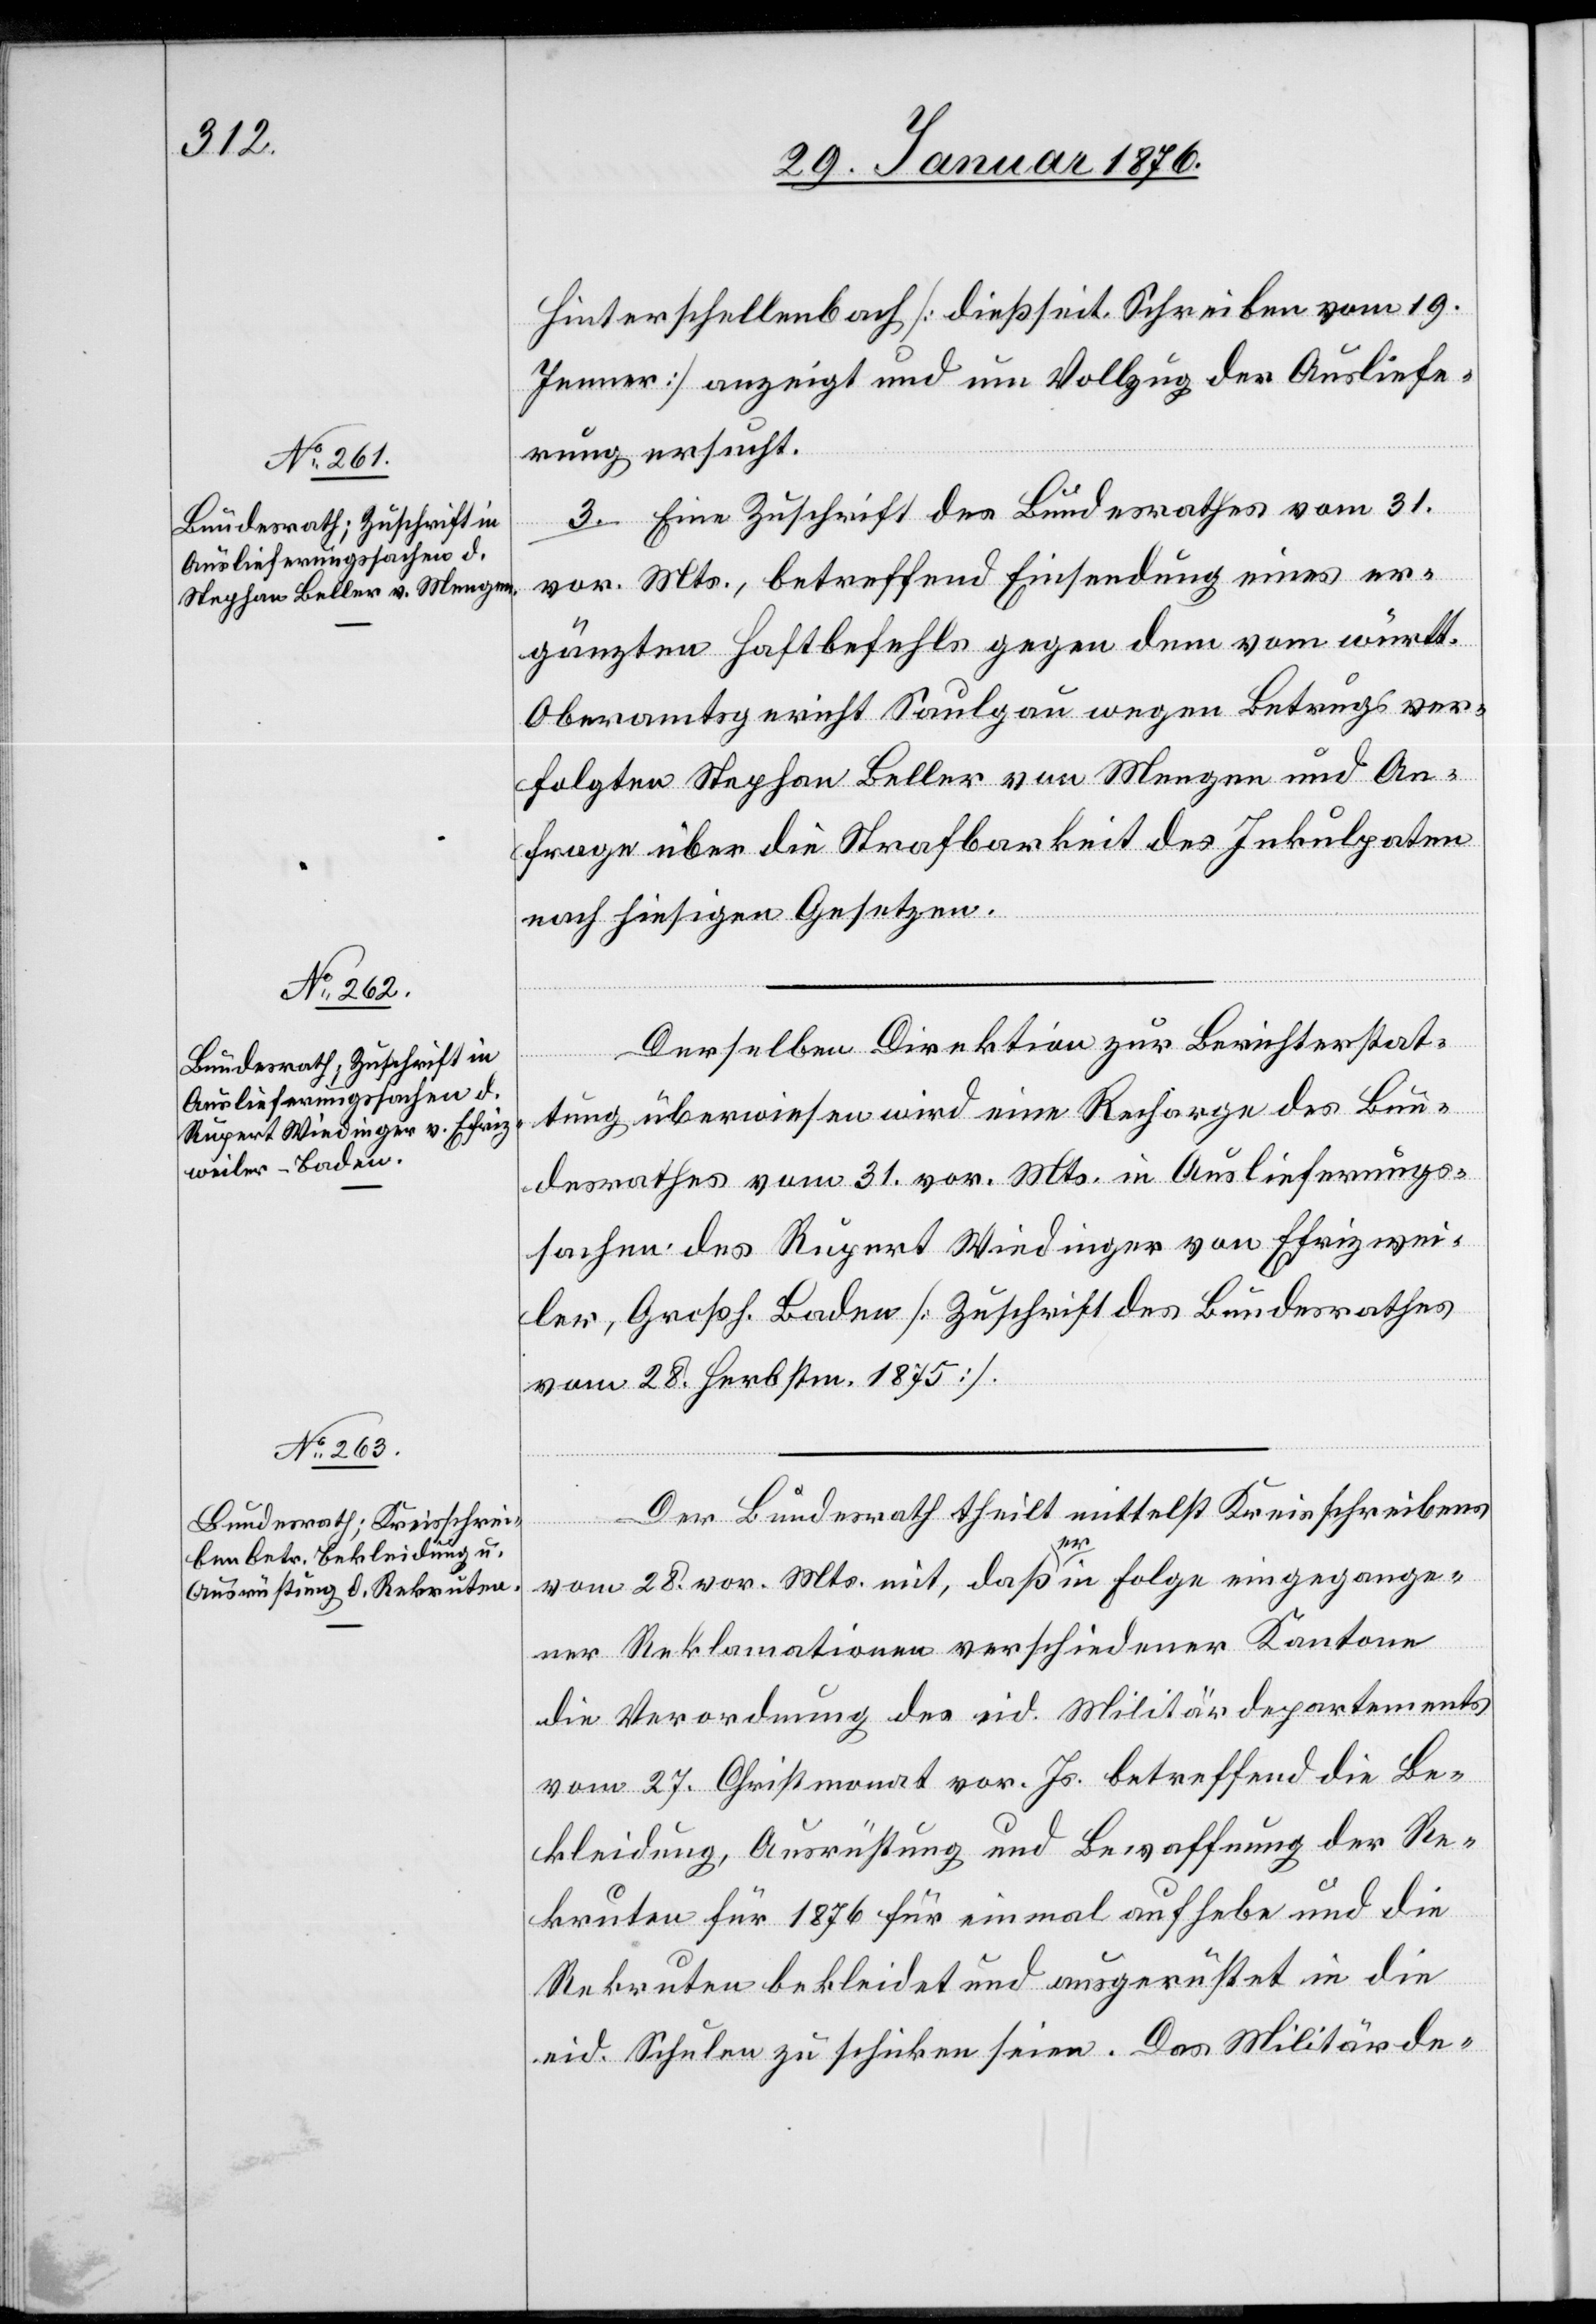
Hinterschellenbach [dießseit. Schreiben vom 19.
Jenner] angezeigt und um Vollzug der Ausliefe¬
rung ersucht.
3. Eine Zuschrift des Bundesrathes vom 31.
vor. Mts., betreffend Einsendung eines er¬
gänzten Haftbefehls gegen dem vom württ.
Oberamtsgericht Saulgau wegen Betrugs ver¬
folgten Stephan Beller von Mengen und An¬
frage über die Strafbarkeit des Inkulpaten
nach hiesigen Gesetzen.
Derselben Direktion zur Berichterstat¬
Februar
tung überwiesen wird eine Recharge des Bun¬
desrathes vom 31. vor. Mts. in Auslieferungs¬
sachen des Rupert Windinger von Efrizwei¬
ler, Großh. Baden [Zuschrift des Bundesrathes
vom 28. Herbstm. 1875].
Der Bundesrath theilt mittelst Kreisschreibens
2.
vom 28. vor. Mts. mit, daß er in Folge eingegange¬
ner Reklamationen verschiedener Kantone
die Verordnung des eid. Militärdepartements
vom 27. Christmonat vor. Js. betreffend die Be¬
kleidung, Ausrüstung und Bewaffnung der Re¬
kruten für 1876 für einmal aufhebe und die
Rekruten bekleidet und ausgerüstet in die
eid. Schulen zu schicken seien. Das Militärde-